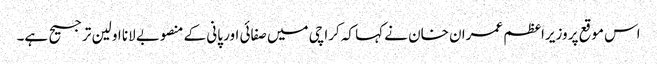
اس موقع پر وزیراعظم عمران خان نے کہا کہ کراچی میں صفائی اور پانی کے منصوبے لانا اولین ترجیح ہے۔